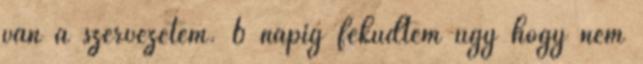
van a szervezetem. 6 napig feküdtem úgy hogy nem